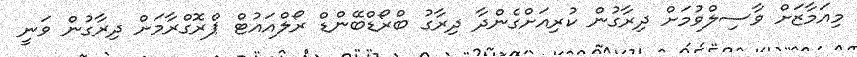
މިއަމާޒަށް ވާސިލްވުމަށް ދިރާގުން ކުރިއަށްގެންދާ ދިރާގު ބްރޯޑްބޭންޑް ރޯލްއައުޓް ޕްރޮގްރާމަށް ދިރާގުން ވަނީ